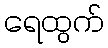
ရေထွက်